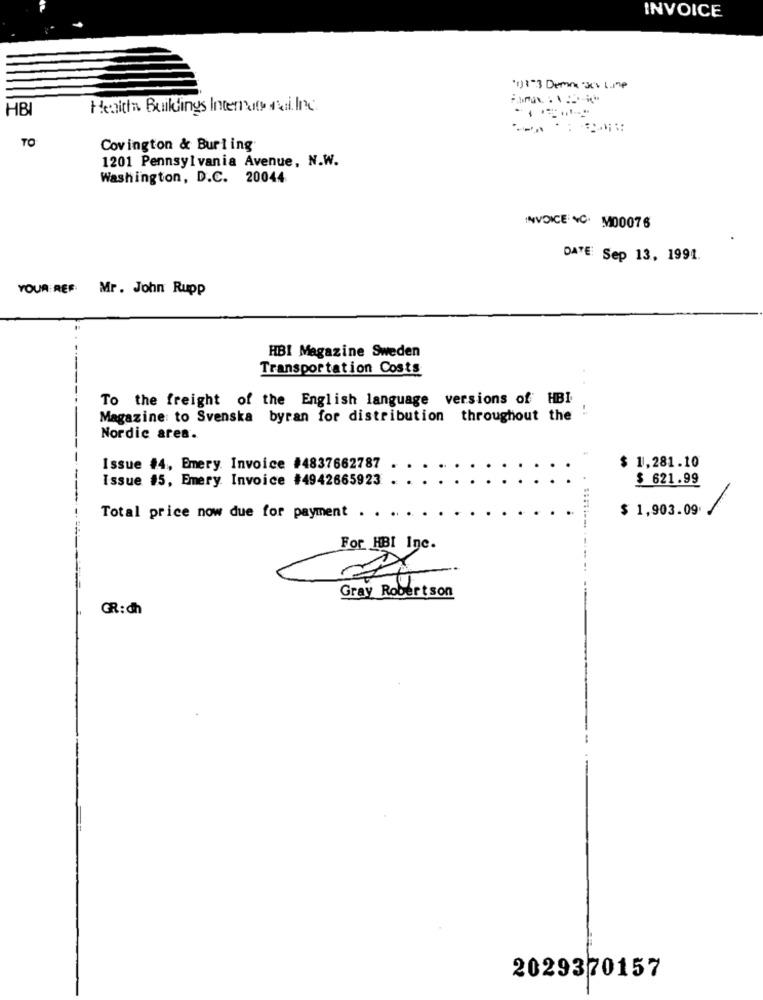
INVOICE
"1):"3 Derin 3Cv Lume
HBI
Henithe Buildings Internat fui.Inc.
TO
Covington & Burling
1201 Pennsylvania Avenue, N.W.
Washington, D.C. 20044
INVOICE +C. MD0076
DATE: Sep 13, 1991.
YOUR REF: Mr. John Rupp
HBI Magazine Sweden
Transportation Costs
To the freight of the English language versions of HBI
:
Magazine to Svenska byran for distribution throughout the
Nordic ares.
Issue #4, Emery. Invoice #4837662787
$ 1,281.10
Issue #5, Emery Invoice #4942665923
$ 621.99
/
Total price now due for payment .
$ 1,903.09.
For HBI Inc.
Gray Robertson
GR:ch
2029370157